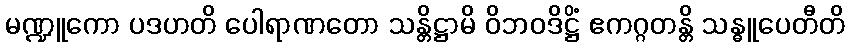
မဏ္ဍူကော ပဒဟတိ ပေါရာဏတော သန္တိဋ္ဌာမိ ဝိဘဝဒိဋ္ဌိံ ဧကဂ္ဂတန္တိ သန္ဓူပေတီတိ